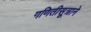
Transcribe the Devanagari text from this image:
गणितीसूत्राने